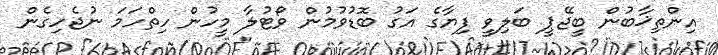
އިންތިޚާބުން ބީޖޭޕީ ބަލިވީ ފިޔާގެ އަގު ބޮޑުވުމުން ވޯޓުލާ މީހުން ހިތްހަމަ ނުޖެހިގެން